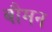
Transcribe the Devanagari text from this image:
बौमन